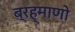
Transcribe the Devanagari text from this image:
ब्रह्माणो